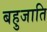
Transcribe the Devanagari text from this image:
बहुजाति